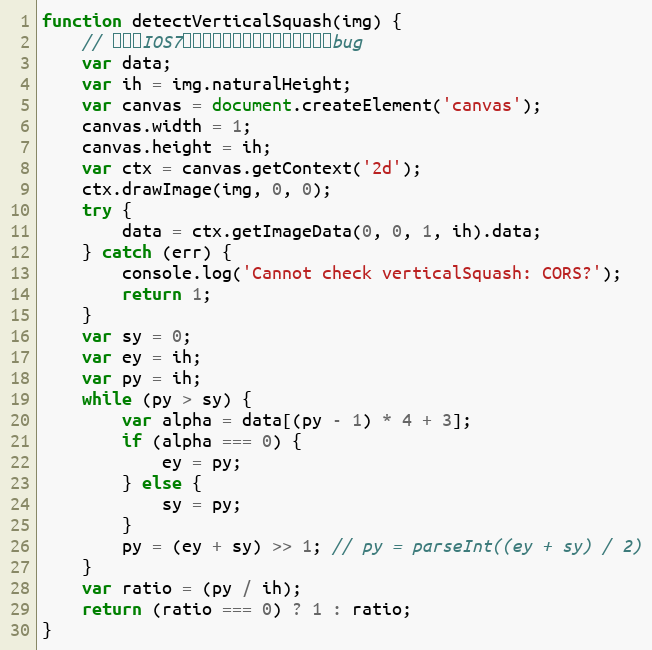
Language: JavaScript
function detectVerticalSquash(img) {
    // 拍照在IOS7或以下的机型会出现照片被压扁的bug
    var data;
    var ih = img.naturalHeight;
    var canvas = document.createElement('canvas');
    canvas.width = 1;
    canvas.height = ih;
    var ctx = canvas.getContext('2d');
    ctx.drawImage(img, 0, 0);
    try {
        data = ctx.getImageData(0, 0, 1, ih).data;
    } catch (err) {
        console.log('Cannot check verticalSquash: CORS?');
        return 1;
    }
    var sy = 0;
    var ey = ih;
    var py = ih;
    while (py > sy) {
        var alpha = data[(py - 1) * 4 + 3];
        if (alpha === 0) {
            ey = py;
        } else {
            sy = py;
        }
        py = (ey + sy) >> 1; // py = parseInt((ey + sy) / 2)
    }
    var ratio = (py / ih);
    return (ratio === 0) ? 1 : ratio;
}